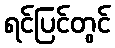
ရင်ပြင်တွင်